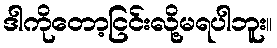
ဒါကိုတော့ငြင်းလို့မရပါဘူး။